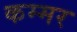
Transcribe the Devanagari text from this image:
कम्मर